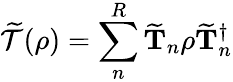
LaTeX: \mathcal{\widetilde{T}}(\rho)=\sum_{n}^{R}\mathbf{\widetilde{T}}_{n}\rho\mathbf{\widetilde{T}}_{n}^{\dagger}